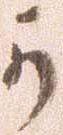
可